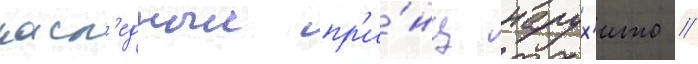
насл'едныи пр'и́нц нарух'ито //